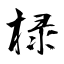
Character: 椂